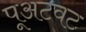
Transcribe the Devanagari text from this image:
पूअटवट